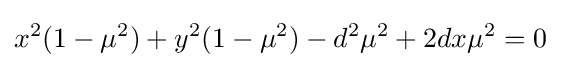
x^{2}(1-\mu ^{2})+y^{2}(1-\mu ^{2})-d^{2}\mu ^{2}+2dx\mu ^{2}=0